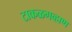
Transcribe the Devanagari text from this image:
टाकळगव्हाण